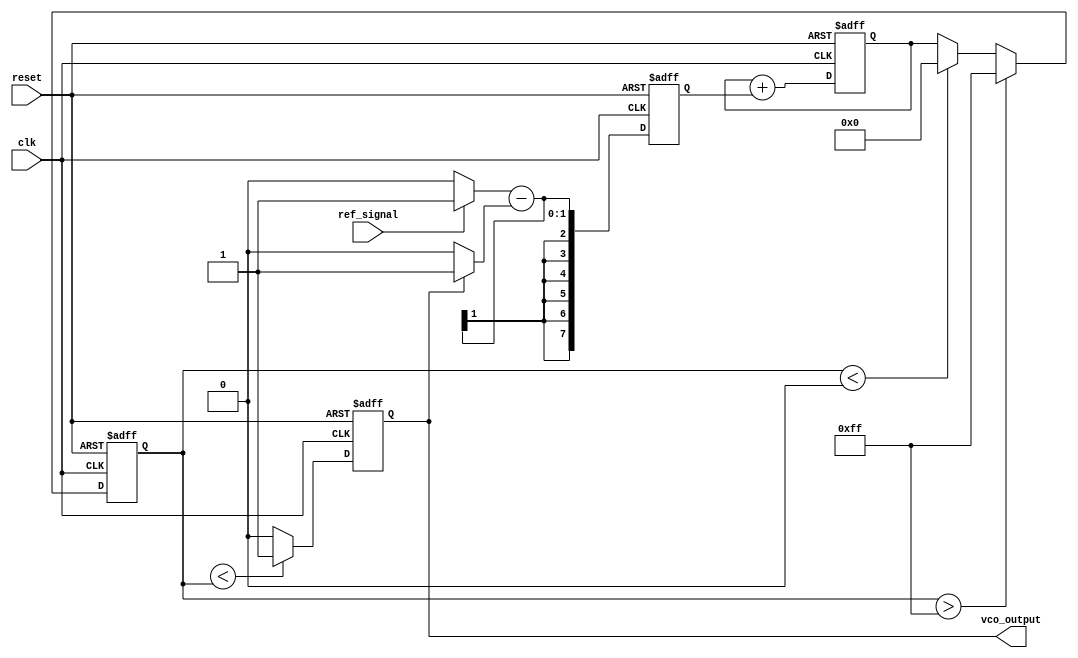
module discrete_time_pll (
    input wire clk,                // System clock
    input wire reset,              // Reset signal
    input wire ref_signal,         // Reference input signal
    output reg vco_output          // VCO output signal
);

    // Parameters
    parameter PHASE_DETECTOR_WIDTH = 8;
    parameter LOOP_FILTER_SIZE = 8;
    parameter VCO_MAX_FREQ = 255;  // Example maximum frequency for VCO
    parameter VCO_MIN_FREQ = 0;    // Example minimum frequency for VCO

    // Internal signals
    reg [PHASE_DETECTOR_WIDTH-1:0] phase_error;
    reg [LOOP_FILTER_SIZE-1:0] loop_filter_output;
    reg [7:0] vco_freq;            // VCO frequency control

    // Phase Detector
    always @(posedge clk or posedge reset) begin
        if (reset) begin
            phase_error <= 0;
        end else begin
            // Simple phase detector logic (example)
            // Here we assume ref_signal is a square wave
            phase_error <= (ref_signal ? 1 : 0) - (vco_output ? 1 : 0);
        end
    end

    // Loop Filter (Simple integrator)
    always @(posedge clk or posedge reset) begin
        if (reset) begin
            loop_filter_output <= 0;
        end else begin
            loop_filter_output <= loop_filter_output + phase_error; // Integrate phase error
        end
    end

    // Voltage-Controlled Oscillator (VCO)
    always @(posedge clk or posedge reset) begin
        if (reset) begin
            vco_freq <= (VCO_MIN_FREQ + VCO_MAX_FREQ) / 2; // Start at mid frequency
        end else begin
            // Update VCO frequency based on loop filter output
            vco_freq <= loop_filter_output[7:0]; // Use lower bits for frequency control
            // Clamp frequency to defined range
            if (vco_freq > VCO_MAX_FREQ) begin
                vco_freq <= VCO_MAX_FREQ;
            end else if (vco_freq < VCO_MIN_FREQ) begin
                vco_freq <= VCO_MIN_FREQ;
            end
        end
    end

    // Generate VCO output signal based on frequency
    always @(posedge clk or posedge reset) begin
        if (reset) begin
            vco_output <= 0;
        end else begin
            // Example VCO output generation (simple frequency divider)
            // This is a placeholder for a more sophisticated VCO implementation
            vco_output <= (clk_count < vco_freq) ? 1 : 0;
        end
    end

    // Feedback Path (not explicitly shown here, typically integrated into VCO logic)
    // The feedback would typically connect the VCO output back to the phase detector.

endmodule